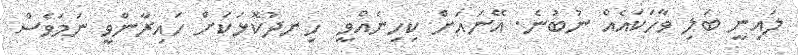
ލައިނީ ބަލި ވާހަކައެއް ނުބުނެ. އޭނައަށް ކިހިނެއްވީ  ހިނދުކޮޅަކަށް ހައިރާންވީ ނަމަވެސް